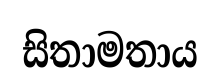
සිතාමතාය